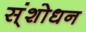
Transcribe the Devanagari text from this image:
स्ंशोधन